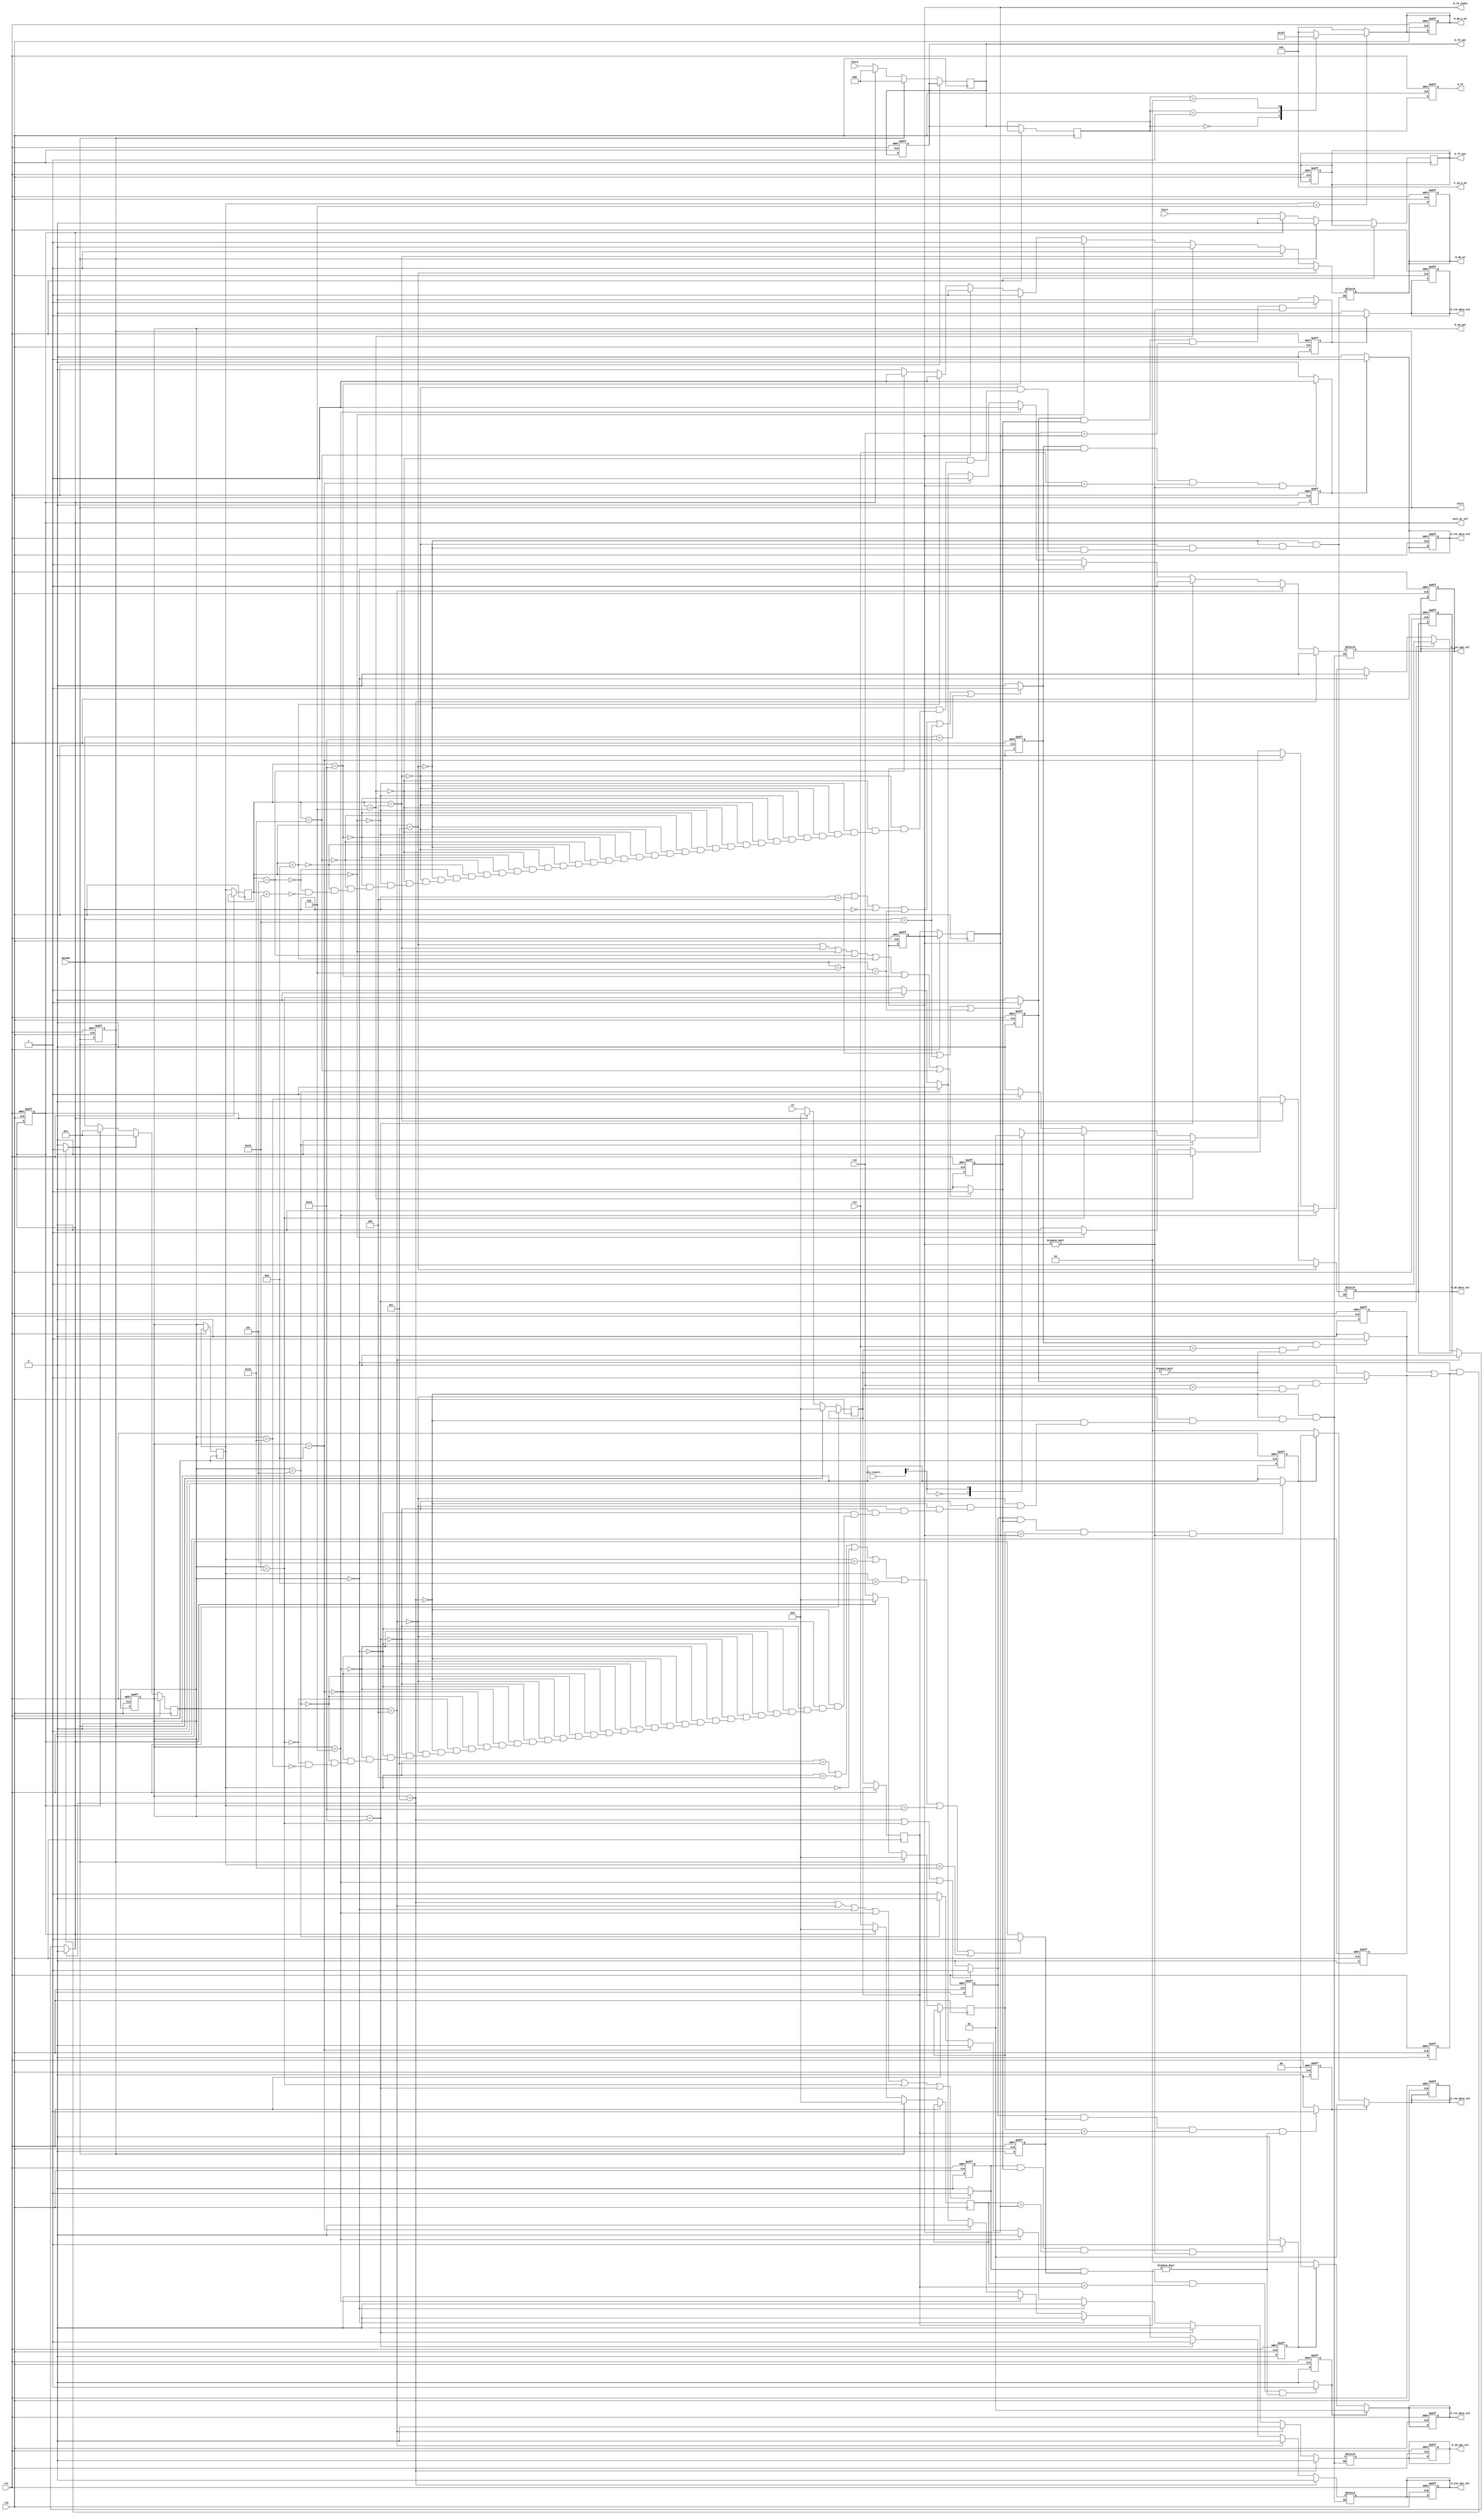
module Controller (
    input clk,
    input rst,
    input [4:0] opcode,
    input [2:0] func3,
    input func7,
    input [4:0] rs1,
    input [4:0] rs2,
    input [4:0] rd,
    input [31:0] alu_result,
    output [3:0] F_im_w_en,
    output reg D_rs1_data_sel,
    output reg D_rs2_data_sel,
    output reg [1:0] E_rs1_data_sel,
    output reg [1:0] E_rs2_data_sel,
    output reg E_alu_op1_sel,
    output reg E_alu_op2_sel,
    output reg E_jb_op1_sel,
    output reg [4:0] E_op_out,
    output reg [2:0] E_f3_out,
    output reg E_f7_out,
    output reg [3:0] M_dm_w_en,
    output reg W_wb_en,
    output reg [4:0] W_rd_index,
    output reg [2:0] W_f3,
    output reg W_wb_data_sel,
    output reg stall,
    output reg next_pc_sel
);

reg [4:0] opcode_tmp, rs1_tmp, rs2_tmp, rd_tmp;
reg [2:0] f3_tmp;
reg f7_tmp;


reg [4:0] E_op, E_rd, E_rs1, E_rs2;
reg [2:0] E_f3;
reg E_f7;

reg [4:0] M_op, M_rd;
reg [2:0] M_f3;

reg [4:0] W_op, W_rd;


reg is_D_use_rs1, is_D_use_rs2;
reg is_W_use_rd, is_M_use_rd;
reg is_E_use_rs1, is_E_use_rs2;

reg is_E_rs1_W_rd_overlap;
reg is_E_rs2_W_rd_overlap;
reg is_E_rs2_M_rd_overlap;
reg is_E_rs1_M_rd_overlap;

reg is_D_rs1_W_rd_overlap;
reg is_D_rs2_W_rd_overlap;
reg is_D_rs1_E_rd_overlap;
reg is_D_rs2_E_rd_overlap;

reg is_DE_overlap;

assign F_im_w_en = 4'd0;

always @(*) begin

    E_op_out = E_op;
    E_f3_out = E_f3;
    E_f7_out = E_f7;

    next_pc_sel = 1'd0;
    if (E_op == 5'b01100 || E_op == 5'b00100 || E_op == 5'b00000 || E_op == 5'b01000 || E_op == 5'b11000 || E_op == 5'b11001)
        is_E_use_rs1 = 1'd1;
    else
        is_E_use_rs1 = 1'd0;

    if (E_op == 5'b01100 || E_op == 5'b11000 || E_op == 5'b01000)
        is_E_use_rs2 = 1'd1;
    else
        is_E_use_rs2 = 1'd0;
    

    if (M_op == 5'b01100 || M_op == 5'b00100 || M_op == 5'b00000 || M_op == 5'b00101 || M_op == 5'b01101 || M_op == 5'b11001 || M_op == 5'b11011)
        is_M_use_rd = 1'd1;
    else
        is_M_use_rd = 1'd0;
    
    if (W_op == 5'b01100 || W_op == 5'b00100 || W_op == 5'b00000 || W_op == 5'b00101 || W_op == 5'b01101 || W_op == 5'b11001 || W_op == 5'b11011)
        is_W_use_rd = 1'd1;
    else
        is_W_use_rd = 1'd0;
    

    is_E_rs1_W_rd_overlap = (is_E_use_rs1 && is_W_use_rd && (E_rs1 == W_rd) && W_rd != 0) ? 1:0;
    is_E_rs1_M_rd_overlap = (is_E_use_rs1 && is_M_use_rd && (E_rs1 == M_rd) && M_rd != 0) ? 1:0;

    is_E_rs2_W_rd_overlap = (is_E_use_rs2 && is_W_use_rd && (E_rs2 == W_rd) && W_rd != 0) ? 1:0;
    is_E_rs2_M_rd_overlap = (is_E_use_rs2 && is_M_use_rd && (E_rs2 == M_rd) && M_rd != 0) ? 1:0;

    E_rs1_data_sel = is_E_rs1_M_rd_overlap ? 2'd1 :is_E_rs1_W_rd_overlap ? 2'd0 : 2'd2;
    E_rs2_data_sel = is_E_rs2_M_rd_overlap ? 2'd1 :is_E_rs2_W_rd_overlap ? 2'd0 : 2'd2;
    



    if (E_op == 5'b01100) // Rtype 
    begin
        E_alu_op1_sel = 1'd0;
        E_alu_op2_sel = 1'd0;
        E_jb_op1_sel = 1'd0;
        next_pc_sel = 1'd0;
    end

    else if(E_op == 5'b00100)  // I type others
        begin
        E_alu_op1_sel = 1'd0;
        E_alu_op2_sel = 1'd1;
        E_jb_op1_sel = 1'd0;
        next_pc_sel = 1'd0;
        end
    else if(E_op == 5'b11001)           // I type JALR
        begin
            E_alu_op1_sel = 1'd1;
            E_alu_op2_sel = 1'd1;
            E_jb_op1_sel = 1'd0;
            next_pc_sel = 1'd1;
        end
    else if(E_op == 5'b00000)           // I type LOAD
        begin

            E_alu_op1_sel = 1'd0;
            E_alu_op2_sel = 1'd1;
            E_jb_op1_sel = 1'd0;
            next_pc_sel = 1'd0;
        end
    else if(E_op == 5'b01000)           // I type STORE
        begin
            E_alu_op1_sel = 1'd0;
            E_alu_op2_sel = 1'd1;
            E_jb_op1_sel = 1'd0;
            next_pc_sel = 1'd0;
        end
    else if(E_op == 5'b01101)        // LUI
        begin
            E_alu_op1_sel = 1'd0;
            E_alu_op2_sel = 1'd1;
            E_jb_op1_sel = 1'd0;
            next_pc_sel = 1'd0;
        end
    else if(E_op == 5'b00101)         //auipc
        begin
            E_alu_op1_sel = 1'd1;
            E_alu_op2_sel = 1'd1;
            E_jb_op1_sel = 1'd0;
            next_pc_sel = 1'd0;
        end
    
    else if(E_op == 5'b11000)         //B type
        begin
            E_alu_op1_sel = 1'd0;
            E_alu_op2_sel = 1'd0;
            E_jb_op1_sel = 1'd1;
            case(alu_result[0])
                1'd0:
                    begin
                        next_pc_sel = 1'd0;
                    end 
                    
                1'd1:
                begin
                    next_pc_sel = 1'd1;        
                end   
            endcase
        end
    else if(E_op == 5'b11011)         //  JAL
        begin
            E_alu_op1_sel = 1'd1;
            E_alu_op2_sel = 1'd1;
            E_jb_op1_sel = 1'd1;
            next_pc_sel = 1'd1;
        end

    if(M_op == 5'b01000)           // I type STORE
        begin
            case(M_f3)
                3'b000: M_dm_w_en = 4'b0001;      //sb
                3'b001: M_dm_w_en = 4'b0011;      //sb
                3'b010: M_dm_w_en = 4'b1111;      //sb
                default:
                    M_dm_w_en = 4'b0000;
            endcase
        end
    else
        M_dm_w_en = 4'b0000;
    
    if (opcode == 5'b01100 || opcode == 5'b00100 || opcode == 5'b00000 || opcode == 5'b01000 || opcode == 5'b11000 || opcode == 5'b11001)
        is_D_use_rs1 = 1'd1;
    else
        is_D_use_rs1 = 1'd0;

    if (opcode == 5'b01100 || opcode == 5'b11000 || opcode == 5'b01000 )
        is_D_use_rs2 = 1'd1;
    else
        is_D_use_rs2 = 1'd0;

    is_D_rs1_E_rd_overlap = (is_D_use_rs1 && (rs1 == E_rd) & E_rd != 0) ? 1:0;
    is_D_rs2_E_rd_overlap = (is_D_use_rs2 && (rs2 == E_rd) & E_rd != 0) ? 1:0;
    is_DE_overlap = (is_D_rs1_E_rd_overlap || is_D_rs2_E_rd_overlap);

    is_D_rs1_W_rd_overlap = (is_D_use_rs1 && is_W_use_rd && (rs1 == W_rd) && W_rd != 0) ? 1:0;
    is_D_rs2_W_rd_overlap = (is_D_use_rs2 && is_W_use_rd && (rs2 == W_rd) && W_rd != 0) ? 1:0;

    D_rs1_data_sel = is_D_rs1_W_rd_overlap ? 1'd1 : 1'd0;
    D_rs2_data_sel = is_D_rs2_W_rd_overlap ? 1'd1 : 1'd0;

    if(E_op == 5'b00000 && is_DE_overlap)    // I type LOAD
        begin
        stall = 1'd1;
        end
    else
        stall = 1'd0;


    W_rd_index = W_rd;    
    if (W_op == 5'b01100)     // R type
    begin
        W_wb_en = 1'd1;
        W_wb_data_sel = 1'd0;
    end
    else if(W_op == 5'b00100)  // I type others
        begin
            W_wb_en = 1'd1;
            W_wb_data_sel = 1'd0;
        end
    else if(W_op == 5'b01000)           // I type STORE
        begin
            W_wb_en = 1'd0;
            W_wb_data_sel = 1'd0;
        end
    else if(W_op == 5'b00000)           // I type LOAD
        begin
            W_wb_en = 1'd1;
            W_wb_data_sel = 1'd1;
        end
    else if(W_op == 5'b11001)           // I type JALR
        begin
            W_wb_en = 1'd1;
            W_wb_data_sel = 1'd0;
        end
    else if(W_op == 5'b11011)         //  JAL
        begin
            W_wb_en = 1'd1;
            W_wb_data_sel = 1'd0;
        end
    else if(W_op == 5'b01101)        // LUI
        begin
            W_wb_en = 1'd1;
            W_wb_data_sel = 1'd0;
        end
    else if(W_op == 5'b00101)         //auipc
        begin
            W_wb_en = 1'd1;
            W_wb_data_sel = 1'd0;
        end
    else if(W_op == 5'b11000)         //B type

        begin
            W_wb_en = 1'd0;
            W_wb_data_sel = 1'd0;
        end
end

always @(posedge clk or posedge rst) begin

    is_D_use_rs1 <= 1'd0;
    is_D_use_rs2 <= 1'd0;
    is_W_use_rd <= 1'd0;
    is_M_use_rd <= 1'd0;
    is_E_use_rs1 <= 1'd0;
    is_E_use_rs2 <= 1'd0;

    is_E_rs1_W_rd_overlap <= 1'd0;
    is_E_rs2_W_rd_overlap <= 1'd0;
    is_E_rs2_M_rd_overlap <= 1'd0;
    is_E_rs1_M_rd_overlap <= 1'd0;

    is_D_rs1_W_rd_overlap <= 1'd0;
    is_D_rs2_W_rd_overlap <= 1'd0;
    is_D_rs1_E_rd_overlap <= 1'd0;
    is_D_rs2_E_rd_overlap <=  1'd0;

    is_DE_overlap <=  1'd0;



    if (rst) begin
        next_pc_sel <= 0;
        stall <= 0;
        D_rs1_data_sel <= 0;
        D_rs2_data_sel <= 0;
        E_rs1_data_sel <= 0;
        E_rs2_data_sel <= 0;
        E_alu_op1_sel <= 0;
        E_alu_op2_sel <= 0;
        E_jb_op1_sel <= 0;
        E_op_out <= 4'd0;
        E_f3_out <= 3'd0;
        E_f7_out <= 0;
        M_dm_w_en <= 4'd0;
        W_wb_en <= 0;
        W_rd_index <= 4'd0;
        W_f3 <= 3'd0;
        W_wb_data_sel <= 0;
    end
    else begin
        if(stall) begin
            W_op <= M_op;
            W_f3 <= M_f3;
            W_rd <= M_rd;

            M_op <= E_op;
            M_f3 <= E_f3;
            M_rd <= E_rd;

            E_op <= 5'b00100;
            E_rd <= 5'b00000;
            E_rs1 <= 5'b00000;
            E_rs2 <= 5'b00000;
            E_f7 <= 1'b0;
            E_f3 <= 3'b000;
        end
        else if(next_pc_sel) begin
            W_op <= M_op;
            W_f3 <= M_f3;
            W_rd <= M_rd;

            M_op <= E_op;
            M_f3 <= E_f3;
            M_rd <= E_rd;

            E_op <= 5'b00100;
            E_rd <= 5'b00000;
            E_rs1 <= 5'b00000;
            E_rs2 <= 5'b00000;
            E_f7 <= 1'b0;
            E_f3 <= 3'b000;
        end

        else begin
            W_op <= M_op;
            W_f3 <= M_f3;
            W_rd <= M_rd;

            M_op <= E_op;
            M_f3 <= E_f3;
            M_rd <= E_rd;

            E_op <= opcode;
            E_rd <= rd;
            E_rs1 <= rs1;
            E_rs2 <= rs2;
            E_f7 <= func7;
            E_f3 <= func3;
        end
    end
end


endmodule